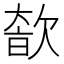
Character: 𣣩